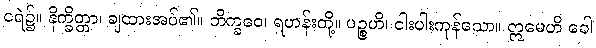
ငရဲ၌။ နိက္ခိတ္တာ၊ ချထားအပ်၏။ ဘိက္ခဝေ၊ ရဟန်းတို့။ ပဉ္စဟိ၊ ငါးပါးကုန်သော။ ဣမေဟိ ခေါ